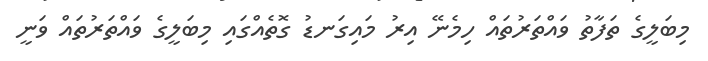
މިބަލީގެ ތަފާތު ވައްތަރުތައް ހިމެނޭ އިރު މައިގަނޑު ގޮތެއްގައި މިބަލީގެ ވައްތަރުތައް ވަނީ